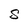
Character: S